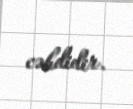
cəhdidir.